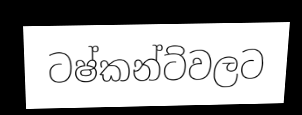
ටෂ්කන්ට්වලට